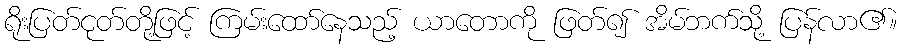
ရိုးပြတ်ငုတ်တို့ဖြင့် ကြမ်းထော်နေသည့် ယာတောကို ဖြတ်၍ အိမ်ဘက်သို့ ပြန်လာ၏။